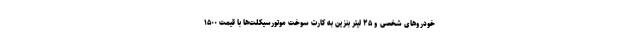
خودروهای شخصی و ۲۵ لیتر بنزین به کارت سوخت موتورسیکلت‌ها با قیمت ۱۵۰۰